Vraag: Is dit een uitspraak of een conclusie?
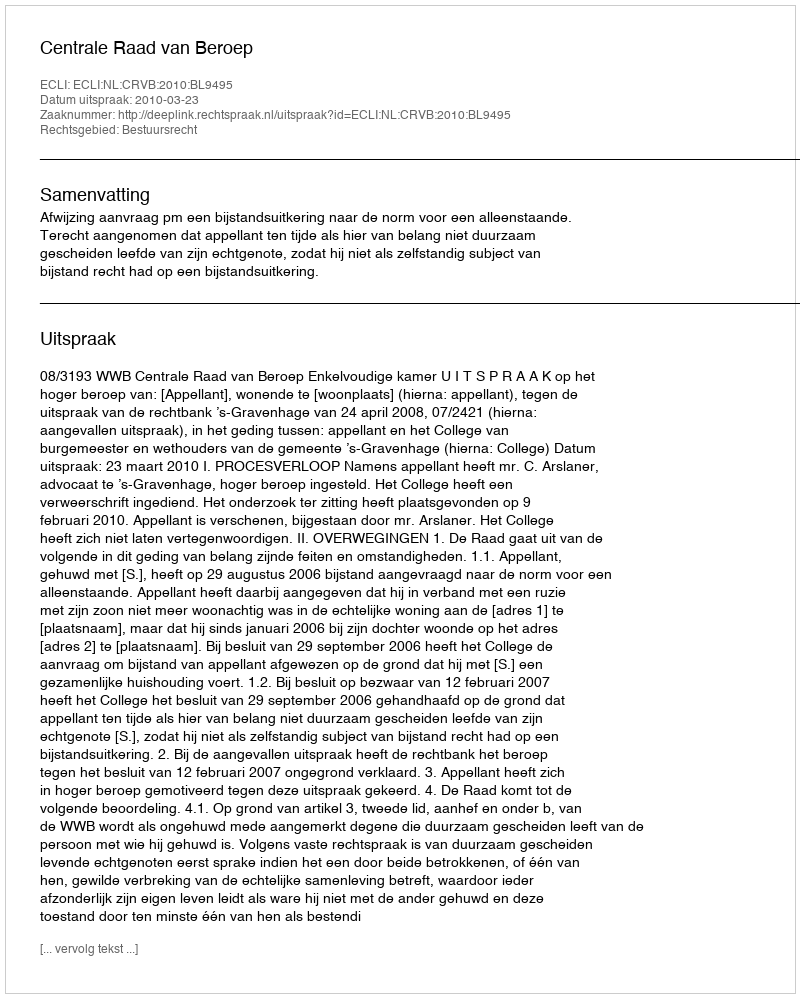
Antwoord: Uitspraak